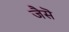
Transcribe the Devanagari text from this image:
जैसॆ